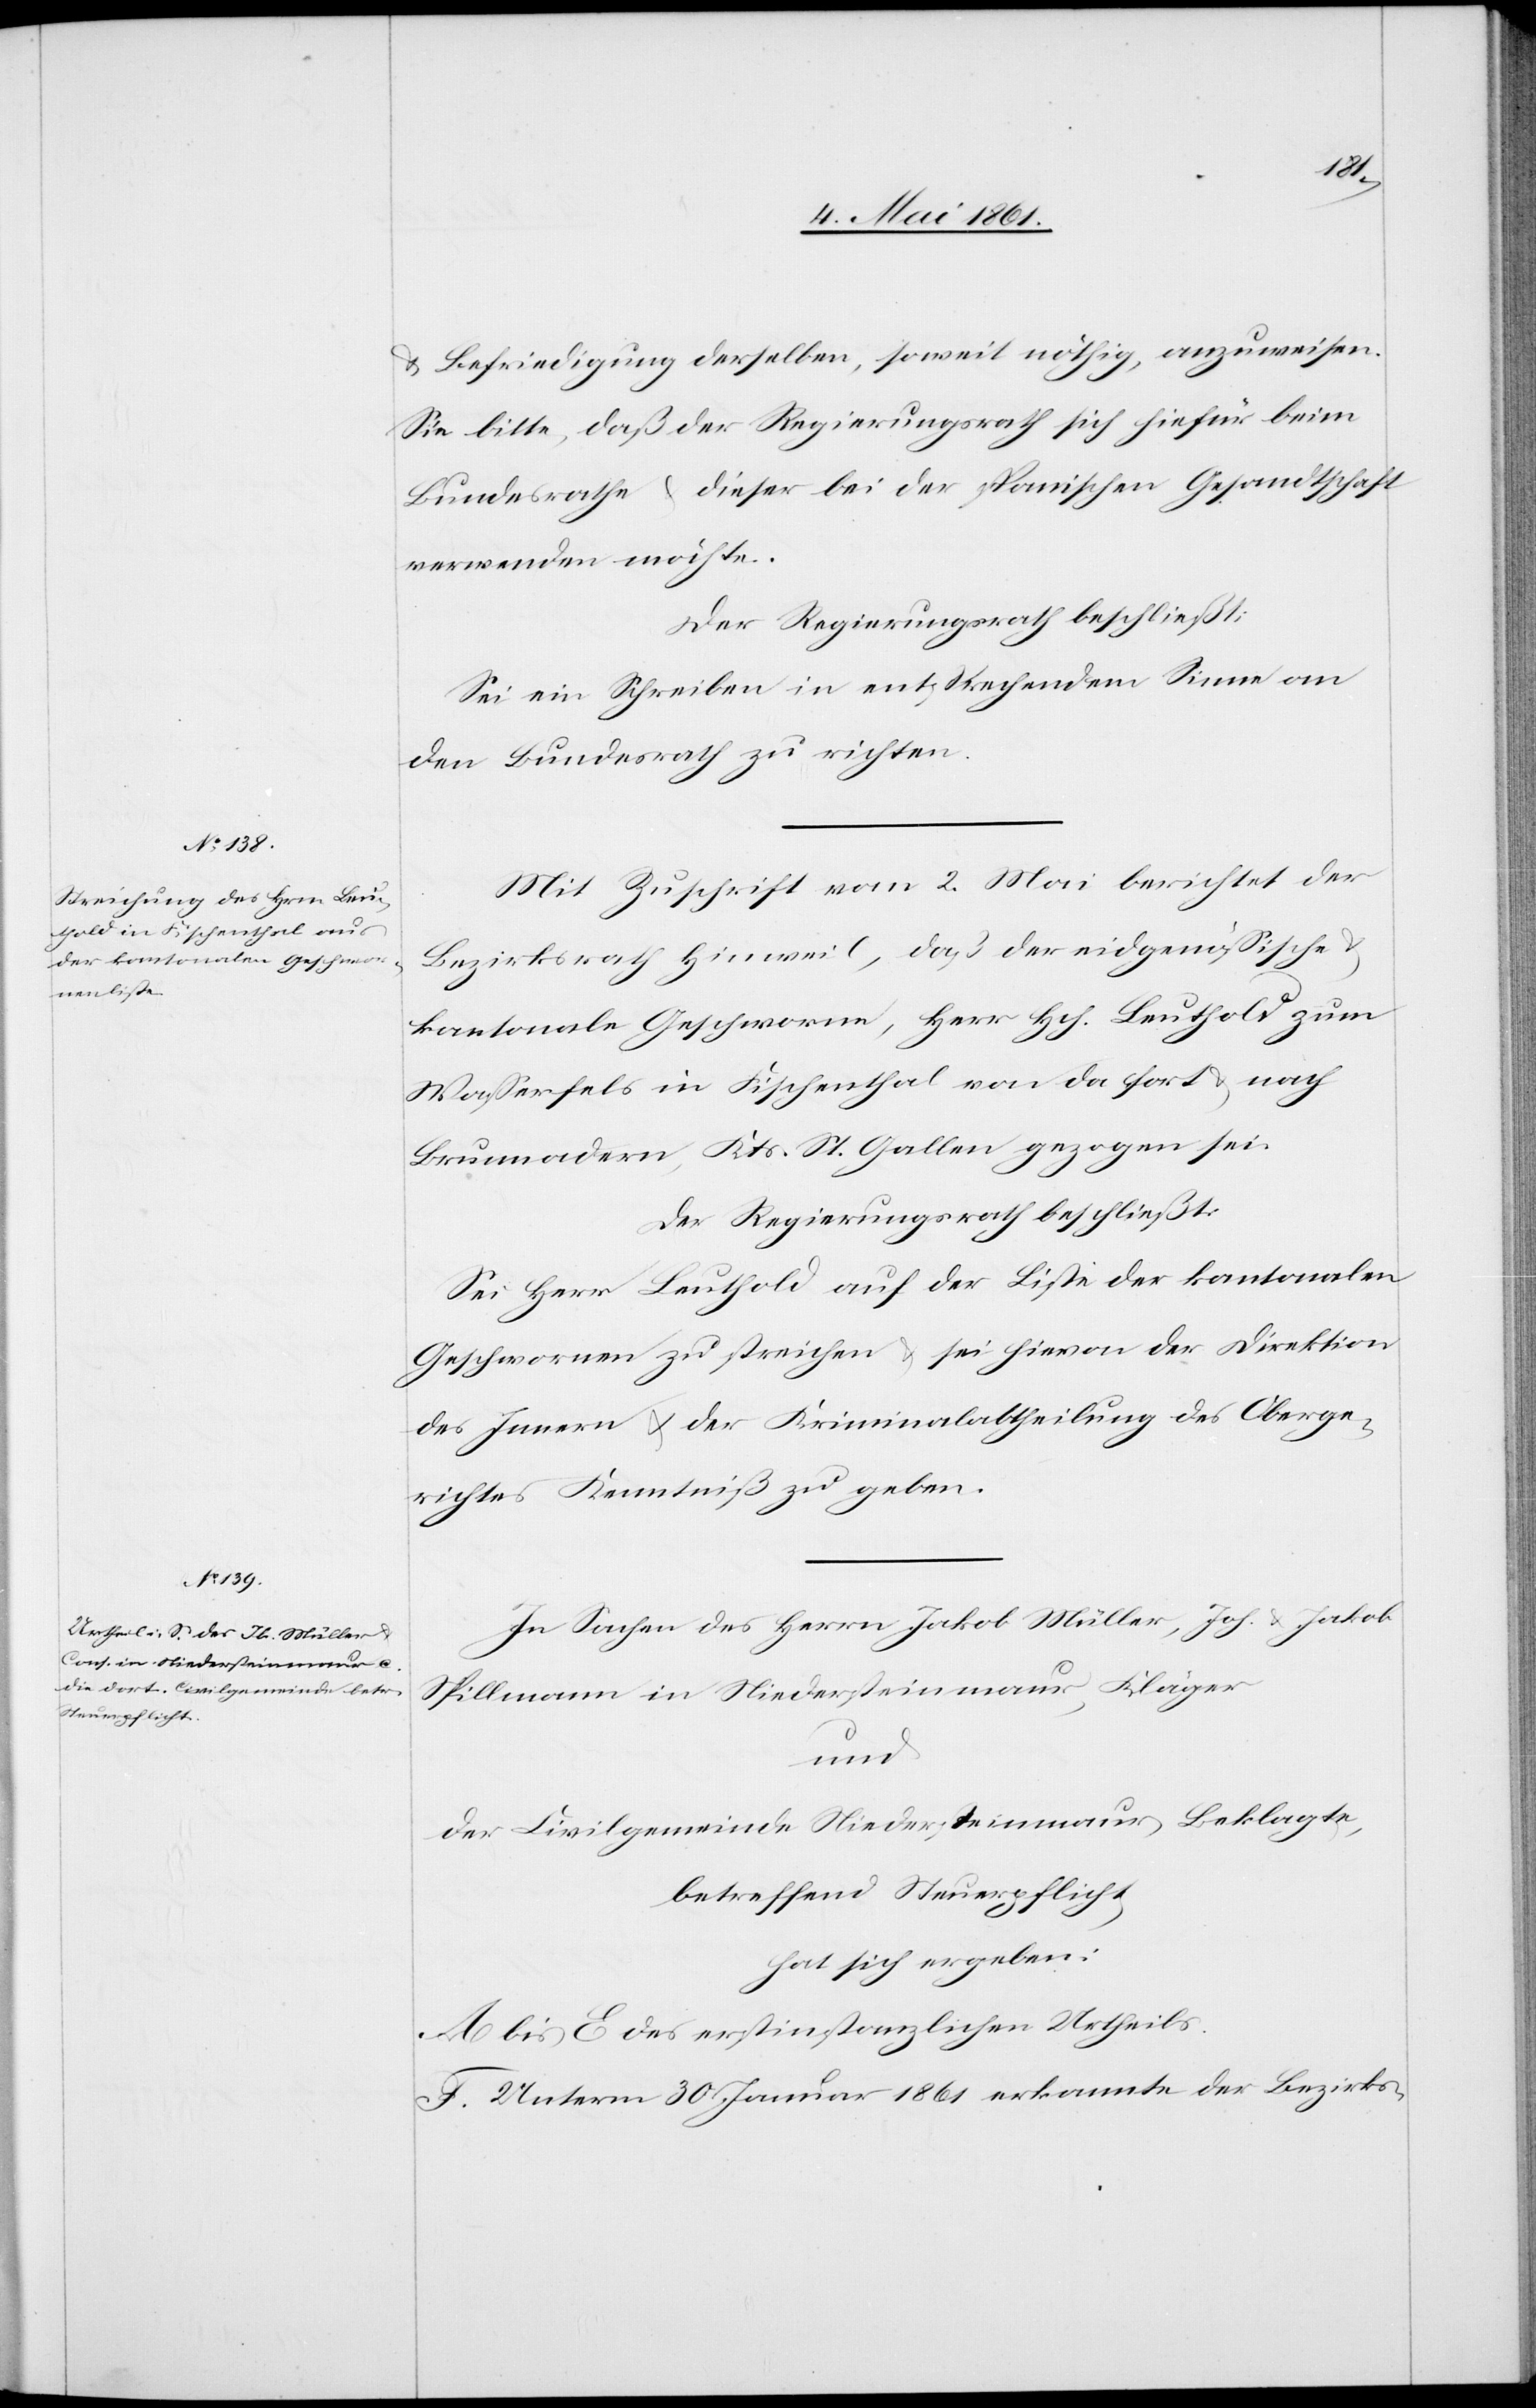
u. Befriedigung derselben, soweit nöthig, anzuweisen.
Sei bitte, daß der Regierungsrath sich hiefür beim
Bundesrathe u. dieser bei der spanischen Gesandtschaft
verwenden möchte.
Der Regierungsrath beschließt:
Sei ein Schreiben in entsprechendem Sinne an
den Bundesrath zu richten.
Mit Zuschrift vom 2. Mai berichtet der
Bezirksrath Hinweil, daß der eidgenössische
kantonale Geschworne, Herr Hch. Leuthold zum
Wasserfels in Fischenthal von da fort u. nach
Brunnadern, Kts. St. Gallen gezogen sei.
Der Regierungsrath beschließt:
Sei Herr Leuthold auf der Liste der kantonalen
Geschwornen zu streichen u. sei hievon der Direktion
des Innern u. der Kriminalabtheilung des Oberge¬
richtes Kenntniß zu geben.
In Sachen des Herrn Jakob Müller, Joh. u. Jakob
Spillmann in Niedersteinmaur, Kläger
und
der Civilgemeinde Niedersteinmaur, Beklagte,
betreffend Steuerpflicht;
hat sich ergeben:
A bis E des erstinstanzlichen Urtheils.
F. Unterm 30. Januar 1861 erkannte der Bezirks-